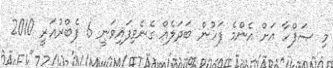
މި ޞަފްހާ އަށް އެންމެ ފަހުން ބަދަލެއް ގެނެވިފައިވަނީ 6 ފެބްރުއަރީ 2010